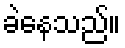
ခဲနေသည်။